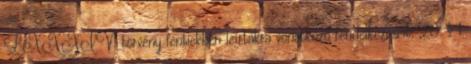
LXXXIV. törvény fentiekben leírtakra vonatkozó rendelkezéseit: „20. § 1